Investigations on Bengal jail dietaries - Number 37
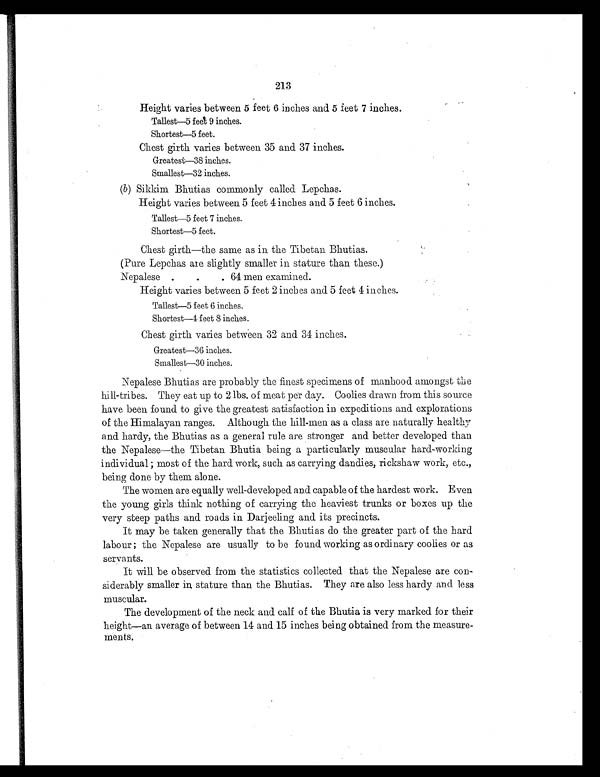
213
Height varies between 5 feet 6 inches and 5 feet 7 inches.
Tallest—5 feet 9 inches.
Shortest—5 feet.
Chest girth varies between 35 and 37 inches.
Greatest—38 inches.
Smallest—32 inches.
(b) Sikkim Bhutias commonly called Lepchas.
Height varies between 5 feet 4 inches and 5 feet 6 inches.
Tallest—5 feet 7 inches.
Shortest—5 feet.
Chest girth—the same as in the Tibetan Bhutias.
(Pure Lepchas are slightly smaller in stature than these.)
Nepalese .
. 64 men examined.
Height varies between 5 feet 2 inches and 5 feet 4 inches.
Tallest—5 feet 6 inches.
Shortest—4 feet 8 inches.
Chest girth varies between 32 and 34 inches.
Greatest—36 inches.
Smallest—30 inches.
Nepalese Bhutias are probably the finest specimens of manhood. amongst the
hill-tribes. They eat up to 2 lbs. of meat per day. Coolies drawn from this source
have been found to give the greatest satisfaction in expeditions and explorations
of the Himalayan ranges. Although the hill-men as a class are naturally healthy
and hardy, the Bhutias as a general rule are stronger and better developed than
the Nepalese—the Tibetan Bhutia being a particularly muscular hard-working
individual ; most of the hard. work, such as carrying dandies, rickshaw work, etc.,
being done by them alone.
The women are equally well-developed and capable of the hardest work. Even
the young girls think nothing of carrying the heaviest trunks or boxes up the
very steep paths and roads in Darjeeling and its precincts.
It may be taken generally that the Bhutias do the greater part of the hard
a b o u r ; t h e N e p a l e s e a r e u s u a l l y t o b e f o u n d w o r k i n g a s o r d i n a r y c o o l i e s o r a s
servants.
It will be observed from the statistics collected that the Nepalese are con-
siderably smaller in, stature than the Bhutias. They are also less hardy and less
muscular.
The development of the neck and calf of the Bhutia is very marked for their
height—an average of between 14 and 15 inches being obtained from the measure-
ments.